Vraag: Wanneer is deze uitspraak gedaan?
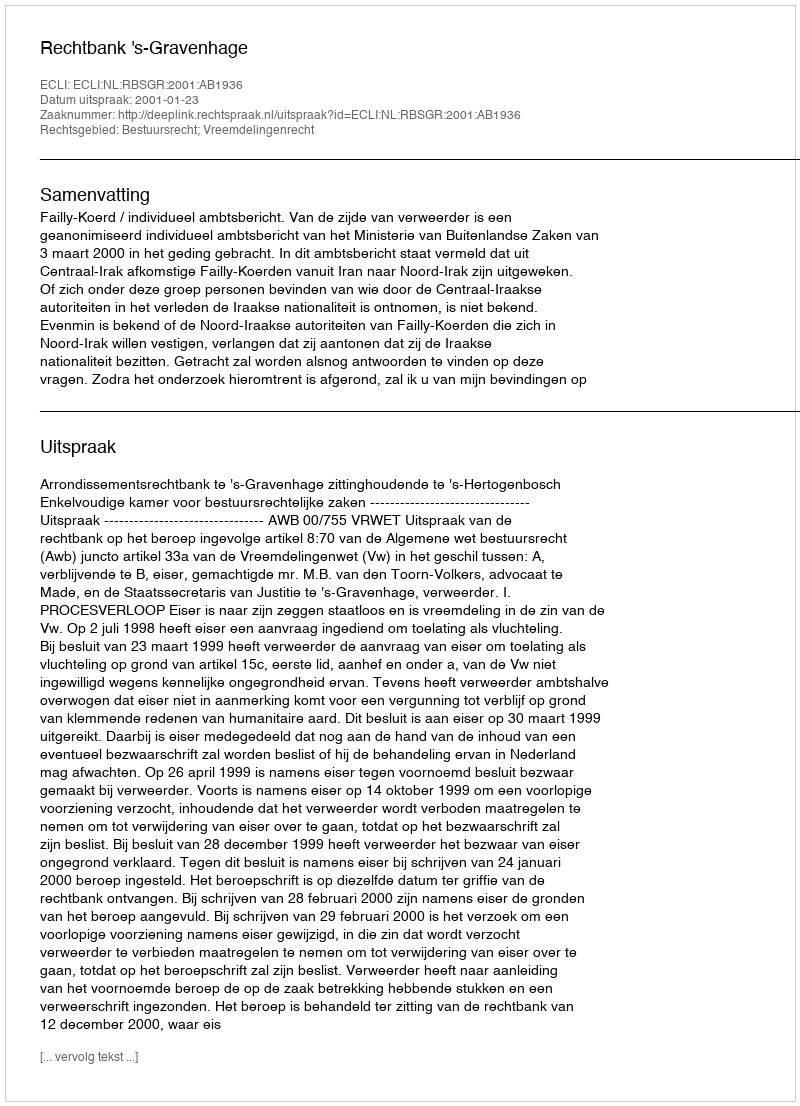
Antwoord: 2001-01-23